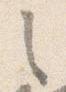
之